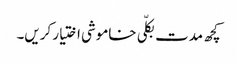
کچھ مدت بکلّی خاموشی اختیار کریں۔